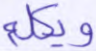
ويكلم